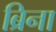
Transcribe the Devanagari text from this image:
ब्रिना